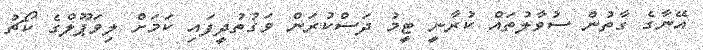
އޭނާގެ ގާތުން ސުވާލުތައް ކުރާނީ ޓީމު ދަސްކުރަން ވަގުތުދީފައި ކަމަށް ލިވަޕޫލްގެ ކޯޗު